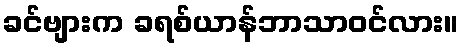
ခင်ဗျားက ခရစ်ယာန်ဘာသာဝင်လား။